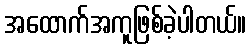
အထောက်အကူဖြစ်ခဲ့ပါတယ်။